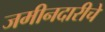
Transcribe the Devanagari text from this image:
जमीनदारीचे